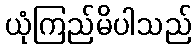
ယုံကြည်မိပါသည်